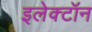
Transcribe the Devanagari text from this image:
इलेक्‍टॉन